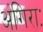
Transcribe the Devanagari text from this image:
अंगिराः